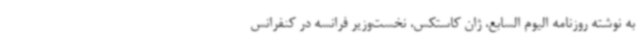
به نوشته روزنامه الیوم السابع، ژان کاستکس، نخست‌وزیر فرانسه در کنفرانس